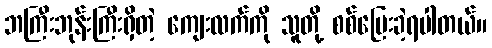
ဘကြီးဘုန်းကြီးရှိတဲ့ ကျေးလက်ကို သူတို့ စစ်ပြေးခဲ့ရပါတယ်။